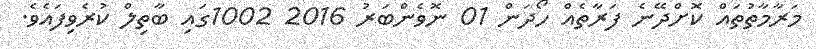
މަރާމާތުތައް ކޮށްދޭނެ ފަރާތެއް ހޯދަން 01 ނޮވެންބަރު 2016 1002ގައި ބާތިލް ކުރެވިފައެވެ.